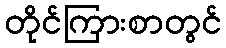
တိုင်ကြားစာတွင်